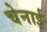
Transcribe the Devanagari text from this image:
चेनाई